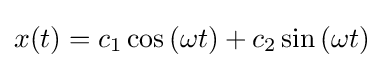
x(t)=c_{1}\cos \left(\omega t\right)+c_{2}\sin \left(\omega t\right)